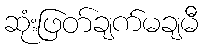
ဆုံးဖြတ်ချက်မချမီ